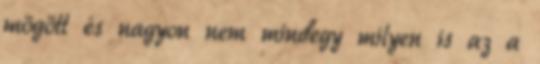
mögött és nagyon nem mindegy milyen is az a